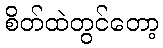
စိတ်ထဲတွင်တော့